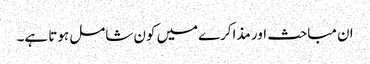
ان مباحث اور مذاکرےمیں کون شامل ہوتا ہے۔